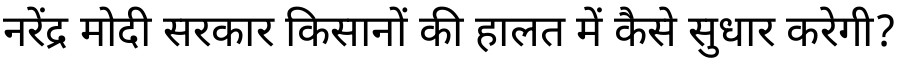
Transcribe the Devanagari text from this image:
नरेंद्र मोदी सरकार किसानों की हालत में कैसे सुधार करेगी?